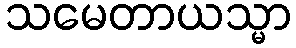
သမေတာယသ္မာ